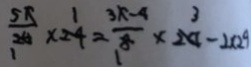
\frac { 5 \pi } { 2 0 } \times 2 4 = \frac { 3 x - 4 } { 8 } \times 2 4 - 2 \times 2 9